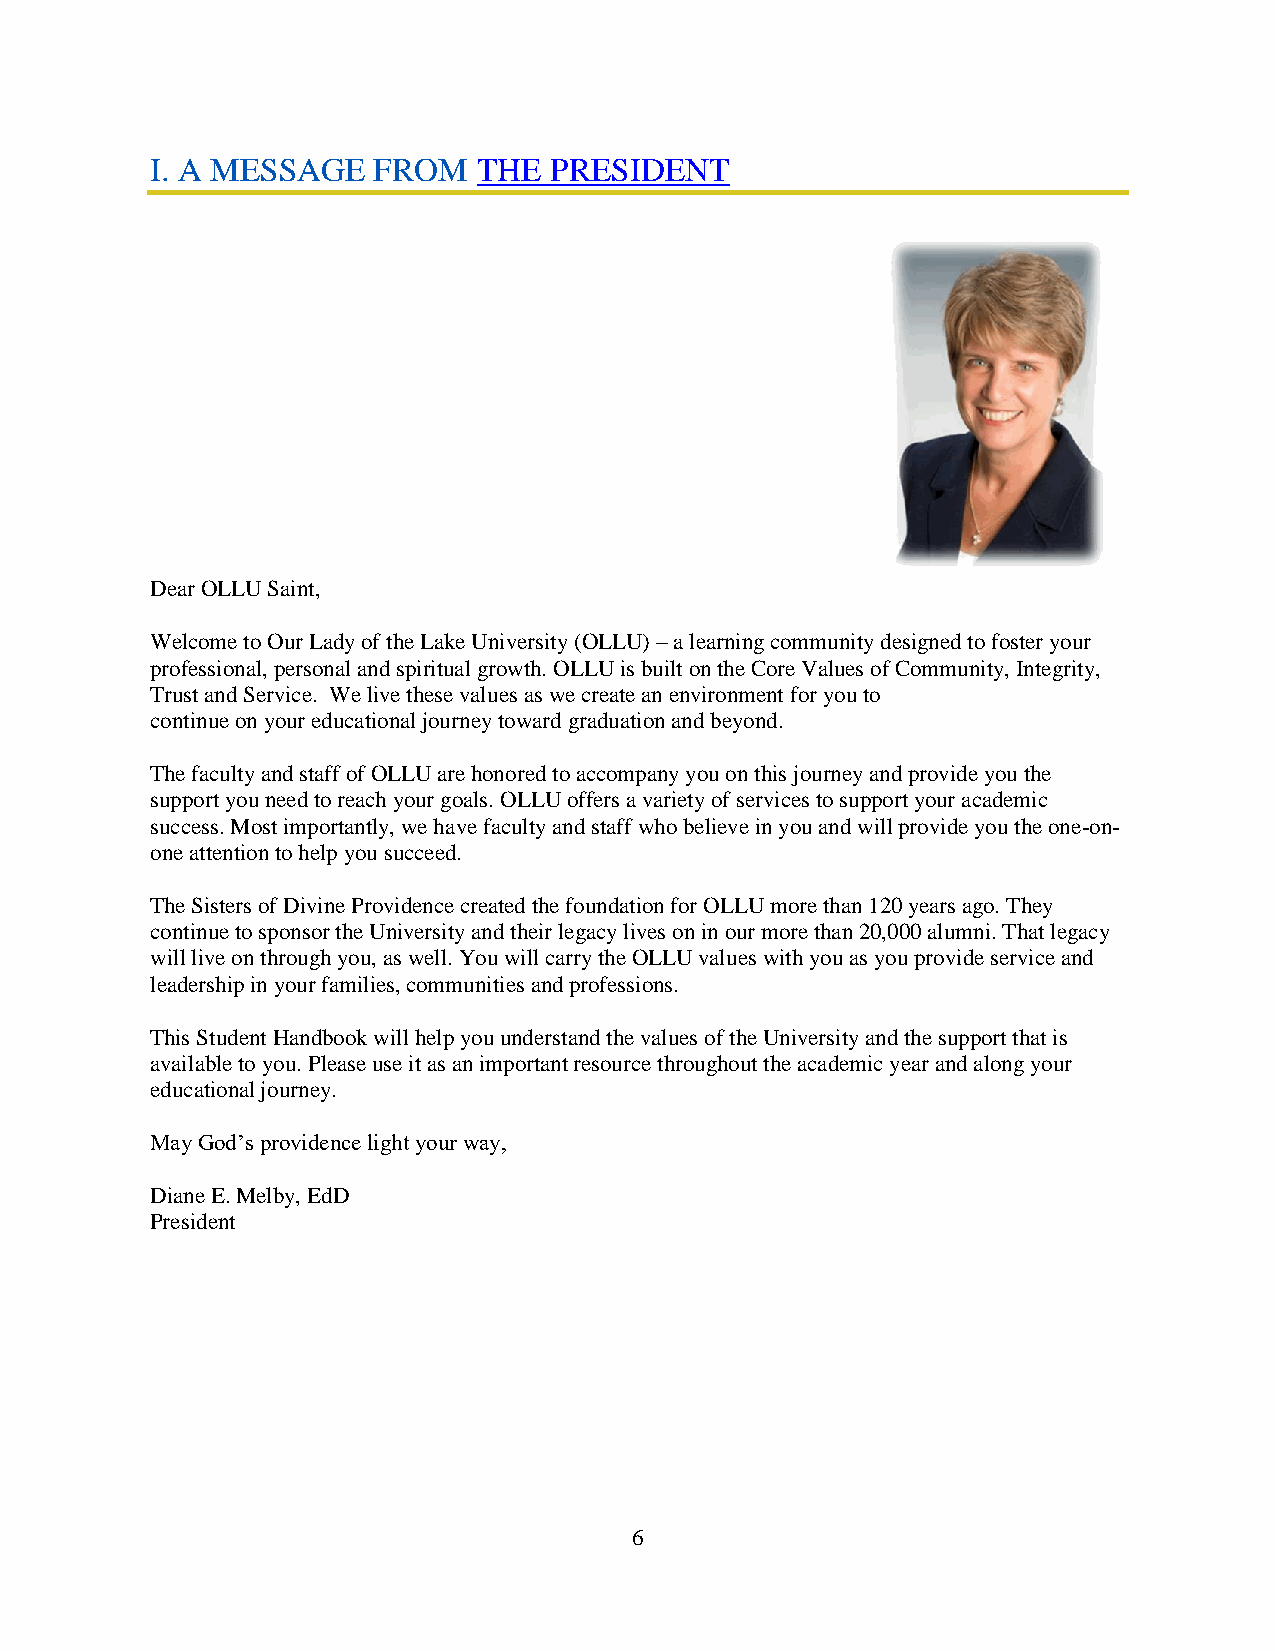
I. A MESSAGE   FROM   THE PRESIDENT
 Dear OLLU Saint,
 Welcome to Our Lady of the Lake University (OLLU) – a learning community designed to foster your
 professional, personal and spiritual growth. OLLU is built on the Core Values of Community, Integrity,
 Trust and Service. We live these values as we create an environment for you to
 continue on your educational journey toward graduation and beyond.
 The faculty and staff of OLLU are honored to accompany you on this journey and provide you the
 support you need to reach your goals. OLLU offers a variety of services to support your academic
 success. Most importantly, we have faculty and staff who believe in you and will provide you the one-on-
 one attention to help you succeed.
 The Sisters of Divine Providence created the foundation for OLLU more than 120 years ago. They
 continue to sponsor the University and their legacy lives on in our more than 20,000 alumni. That legacy
 will live on through you, as well. You will carry the OLLU values with you as you provide service and
 leadership in your families, communities and professions.
 This Student Handbook will help you understand the values of the University and the support that is
 available to you. Please use it as an important resource throughout the academic year and along your
 educational journey.
 May God’s providence light your way,
 Diane E. Melby, EdD
 President
 6